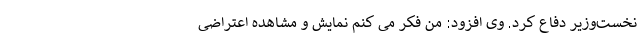
نخست‌وزیر دفاع کرد. وی افزود: من فکر می کنم نمایش و مشاهده اعتراضی